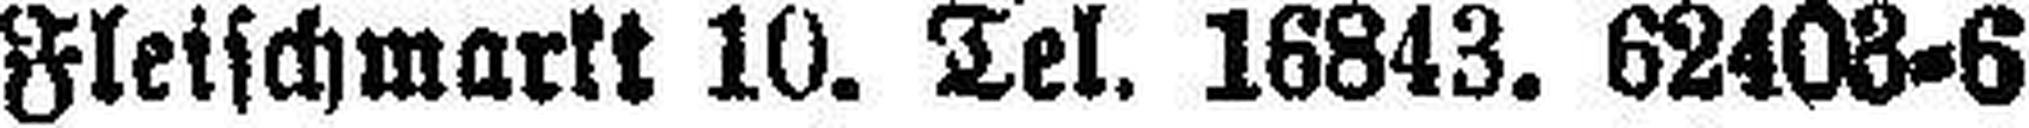
Fleischmarkt 10. Tel. 16843. 62403=6